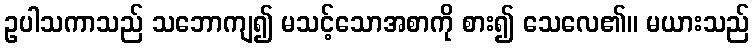
ဥပါသကာသည် သဘောကျ၍ မသင့်သောအစာကို စား၍ သေလေ၏။ မယားသည်